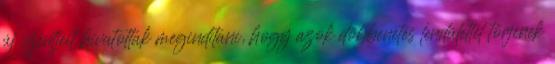
új szintjeit hivatottak megindítani, hogy azok döbbenetes lendülettel törjenek